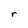
Character: r